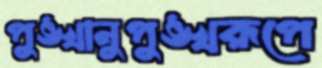
পুঙ্খানুপুঙ্খরূপে